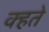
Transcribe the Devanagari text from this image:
क्हते